DOW-UAP-D49, Launch Summary, Vandenberg AFB, 2000
Agency: Department of War
Incident date: 2/3/00
Page 78
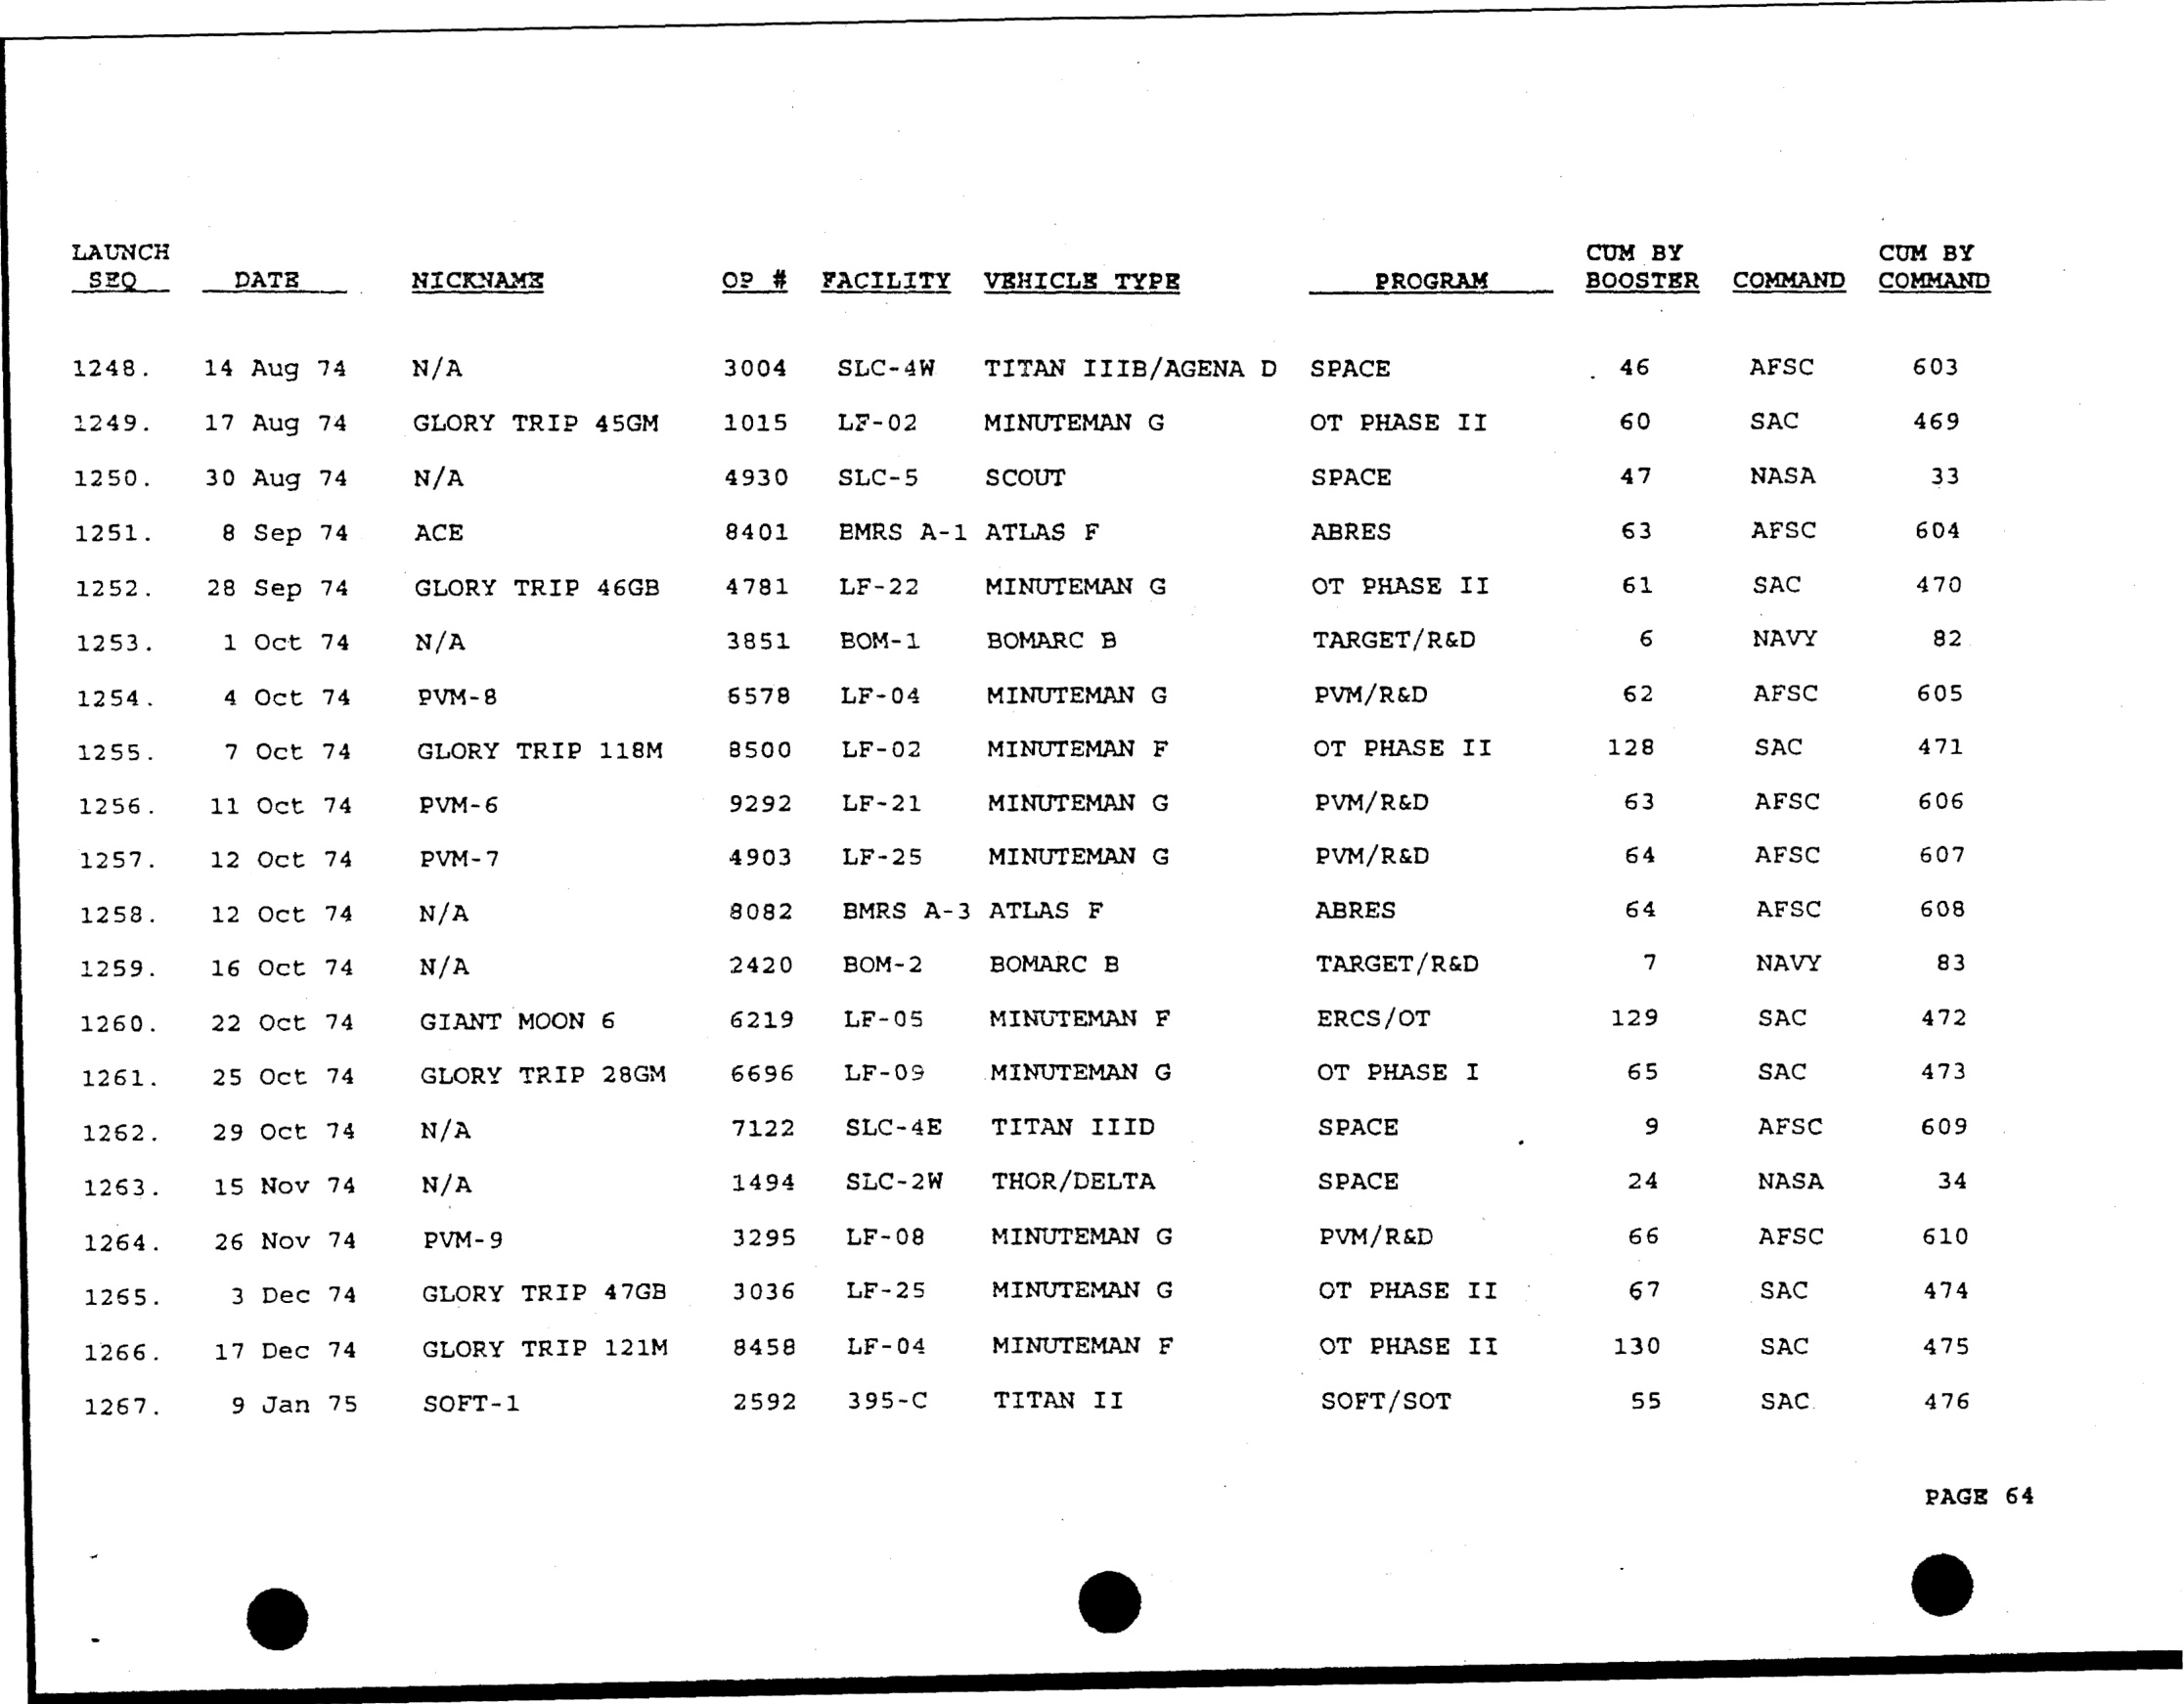